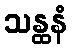
သန္ထနံ